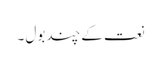
نعت کے چند بول ۔